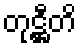
တုဋ္ဌီတိ